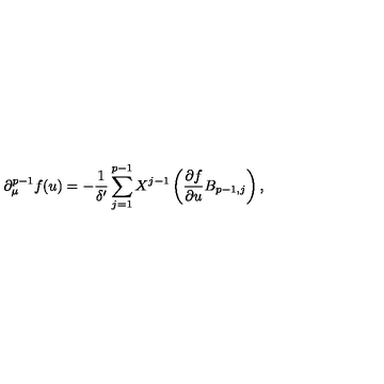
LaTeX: \partial _ { \mu } ^ { p - 1 } f ( u ) = - \frac { 1 } { \delta ^ { \prime } } \sum _ { j = 1 } ^ { p - 1 } X ^ { j - 1 } \left( \frac { \partial f } { \partial u } B _ { p - 1 , j } \right) ,